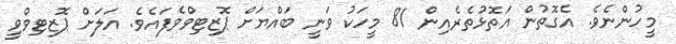
މީހުންނެވެ. އެގޮތުން އަތޮޅުތެރެއިން 81 މީހަކު ވަނީ ބައްޔަށް ޕޮޒިޓިވްވެފައެވެ. އަލަށް ޕޮޒިޓިވްވީ